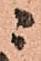
ニ